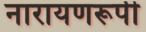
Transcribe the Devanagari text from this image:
नारायणरूपी